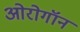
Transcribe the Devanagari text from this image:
ओरोगॉन